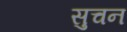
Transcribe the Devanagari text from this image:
सुचन